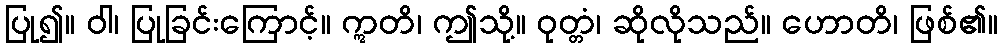
ပြု၍။ ဝါ၊ ပြုခြင်းကြောင့်။ ဣတိ၊ ဤသို့။ ဝုတ္တံ၊ ဆိုလိုသည်။ ဟောတိ၊ ဖြစ်၏။